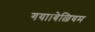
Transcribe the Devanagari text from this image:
गया।बेल्जियम